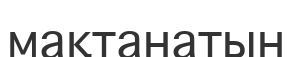
мақтанатын